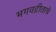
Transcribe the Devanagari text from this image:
भगवद्गीताचे